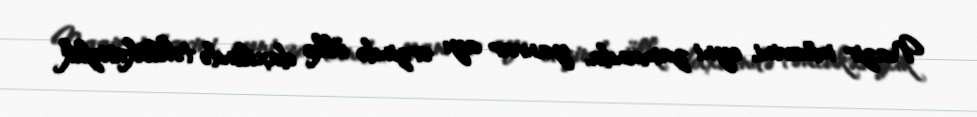
Nazir müavini, eyni zamanda, yanvar ayı ərzində ölkə daxilində təhlükəsizlik